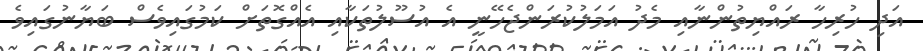
އަދި ހުރިހާ ރައްޔިތުންނާއި މެދު އަމަލުކުރަންޖެހޭނީ އެ އުސޫލުތަކާއި އެއްގޮތަށް ކަމުގައިވެސް ބަޔާނުގައިވެ